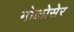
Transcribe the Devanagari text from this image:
मोलोसेर